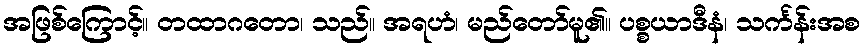
အဖြစ်ကြောင့်။ တထာဂတော၊ သည်။ အရဟံ၊ မည်တော်မူ၏။ ပစ္စယာဒီနံ၊ သင်္ကန်းအစ